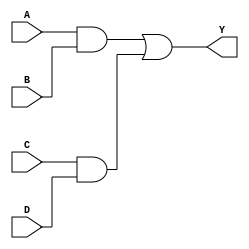
module hybrid_minimization (
    input wire A,
    input wire B,
    input wire C,
    input wire D,
    output wire Y
);

// Internal wire for the simplified logic expression
wire min_expr;

// Example minimized expression obtained through K-map or Quine-McCluskey
// Here, we assume a simplified expression: Y = AB + CD
assign min_expr = (A & B) | (C & D); // Example simplified expression

// Output logic
assign Y = min_expr;

endmodule